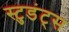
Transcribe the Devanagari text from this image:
स्टुडंट्‌स